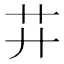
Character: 𦬇